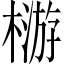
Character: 𣛦